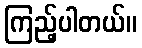
ကြည့်ပါတယ်။